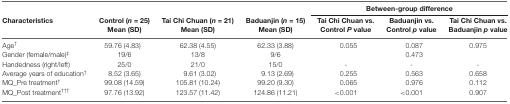
<table><thead><tr><td></td><td></td><td></td><td></td><td colspan="3"><b>Between-group difference</b></td></tr><tr><td><b>Characteristics</b></td><td><b>Control (<i>n</i> = 25) Mean (SD)</b></td><td><b>Tai Chi Chuan (<i>n</i> = 21) Mean (SD)</b></td><td><b>Baduanjin (<i>n</i> = 15) Mean (SD)</b></td><td><b>Tai Chi Chuan vs. Control <i>P</i> value</b></td><td><b>Baduanjin vs. Control <i>p</i> value</b></td><td><b>Tai Chi Chuan vs. Baduanjin <i>p</i> value</b></td></tr></thead><tbody><tr><td>Age<sup>†</sup></td><td>59.76 (4.83)</td><td>62.38 (4.55)</td><td>62.33 (3.88)</td><td>0.055</td><td>0.087</td><td>0.975</td></tr><tr><td>Gender (female/male)<sup>‡</sup></td><td>19/6</td><td>13/8</td><td>9/6</td><td></td><td>0.473</td><td></td></tr><tr><td>Handedness (right/left)</td><td>25/0</td><td>21/0</td><td>15/0</td><td>-</td><td>-</td><td>-</td></tr><tr><td>Average years of education<sup>†</sup></td><td>8.52 (3.65)</td><td>9.61 (3.02)</td><td>9.13 (2.69)</td><td>0.255</td><td>0.563</td><td>0.658</td></tr><tr><td>MQ_Pre treatment<sup>†</sup></td><td>99.08 (14.59)</td><td>105.81 (10.24)</td><td>99.20 (9.30)</td><td>0.065</td><td>0.976</td><td>0.112</td></tr><tr><td>MQ_Post treatment<sup>†††</sup></td><td>97.76 (13.92)</td><td>123.57 (11.42)</td><td>124.86 (11.21)</td><td>&lt;0.001</td><td>&lt;0.001</td><td>0.907</td></tr></tbody></table>